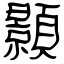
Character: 顥